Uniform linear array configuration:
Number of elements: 16
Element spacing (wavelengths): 0.75
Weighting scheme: hamming
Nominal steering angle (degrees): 15
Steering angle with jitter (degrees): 14.24
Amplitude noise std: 0.05
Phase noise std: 0.05

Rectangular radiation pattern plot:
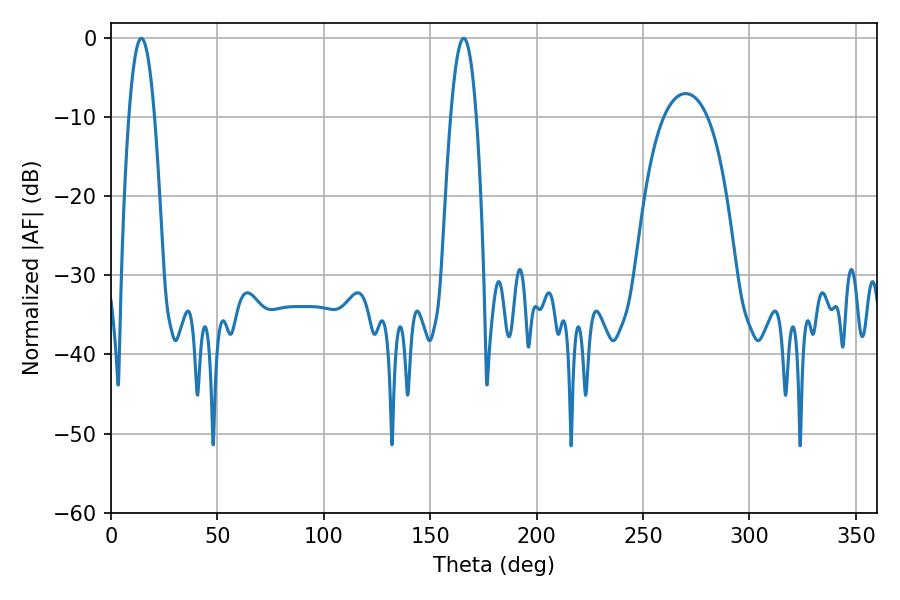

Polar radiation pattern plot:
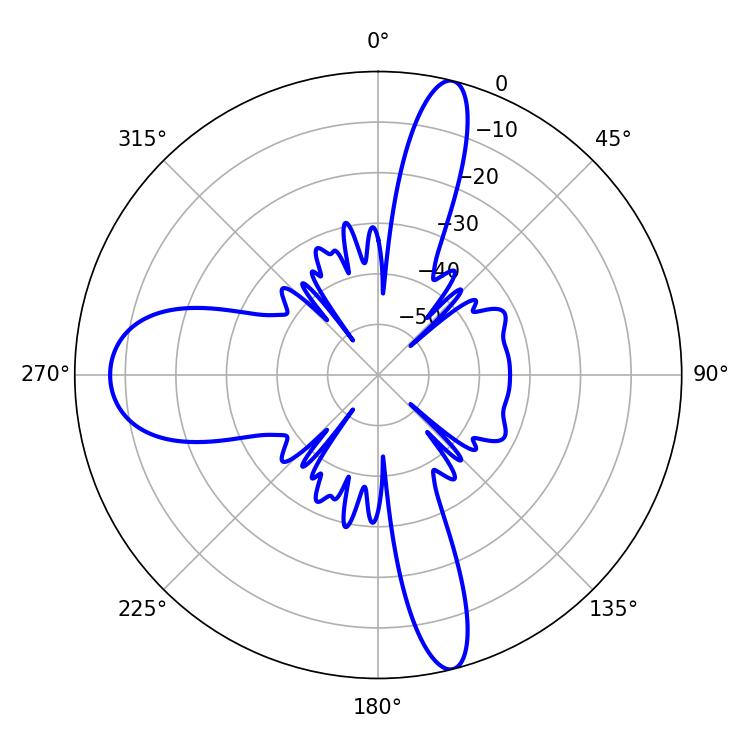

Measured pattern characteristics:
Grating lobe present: TRUE
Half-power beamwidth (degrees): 6.66
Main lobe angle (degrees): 14.22